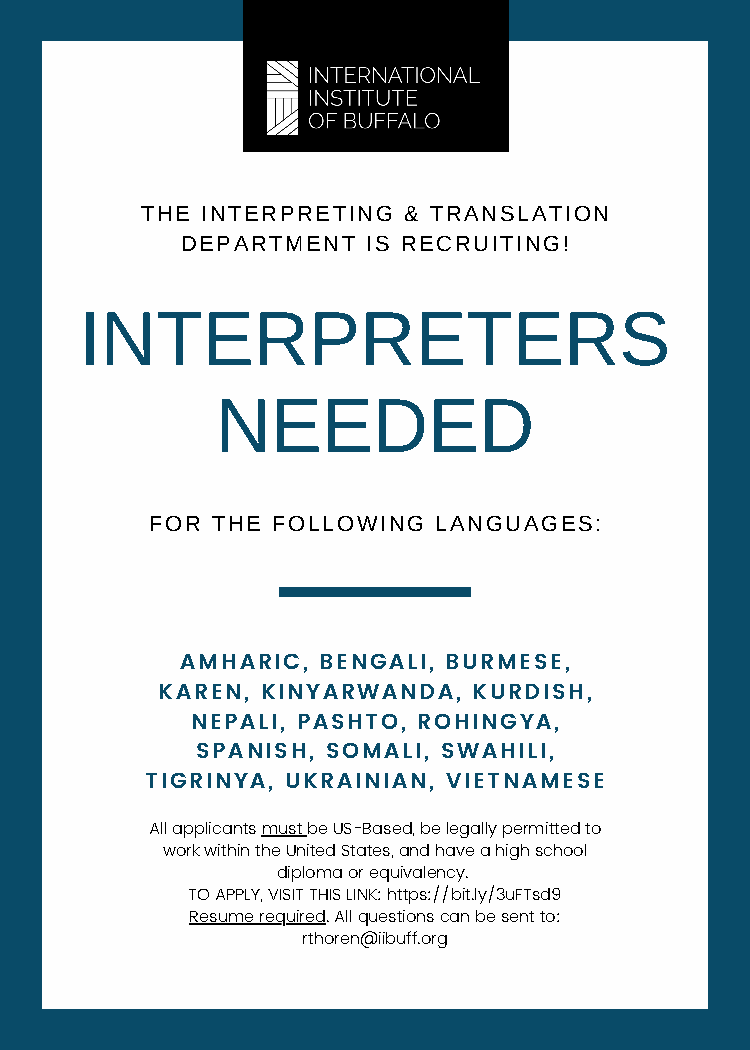
THE INTERPRETING  & TRANSLATION
 DEPARTMENT  IS RECRUITING!
 INTERPRETERS
 NEEDED
 FOR THE FOLLOWING  LANGUAGES:
 AMHARIC, BENGALI, BURMESE,
 KAREN, KINYARWANDA,  KURDISH,
 NEPALI, PASHTO, ROHINGYA,
 SPANISH, SOMALI, SWAHILI,
 TIGRINYA, UKRAINIAN, VIETNAMESE
 All applicants must be US-Based, be legally permitted to
 work within the United States, and have a high school
 diploma or equivalency.
 TO APPLY, VISIT THIS LINK: https://bit.ly/3uFTsd9
 Resume required. All questions can be sent to:
 rthoren@iibuff.org